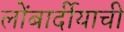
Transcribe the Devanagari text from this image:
लोंबार्दीयाची